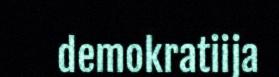
demokratiija